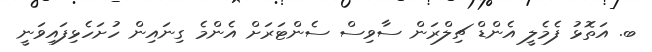
ބ. އަތޮޅު ފެމެލީ އެންޑް ޗިލްރަން ސާވިސް ސެންޓަރަށް އެންމެ ގިނައިން ހުށަހެޅިފައިވަނީ